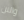
والان